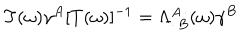
LaTeX: T ( \omega ) \gamma ^ { A } [ T ( \omega ) ] ^ { - 1 } = \Lambda _ { \cdot \, B } ^ { A \, \cdot } ( \omega ) \gamma ^ { B }